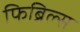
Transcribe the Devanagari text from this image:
फिब्रिल्स